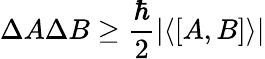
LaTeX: \Delta A\Delta B\ge\frac{\hbar}{2}\vert\langle[A,B]\rangle\vert